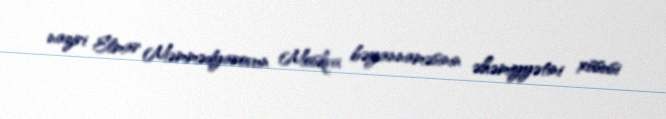
naziri Elmar Məmmədyarovun Moskva bəyannaməsinin əhəmiyyətini xüsusi